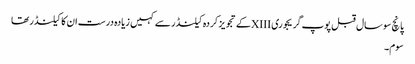
پانچ سو سال قبل پوپ گریجوری XIIIکے تجویز کردہ کیلنڈر سے کہیں زیادہ درست ان کا کیلنڈر تھا
سوم۔